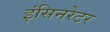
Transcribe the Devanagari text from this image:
इंसिनरेटर